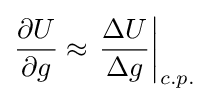
{\frac {\partial U}{\partial g}}\approx \left.{\frac {\Delta U}{\Delta g}}\right|_{c.p.}